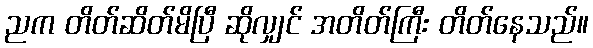
ညက တိတ်ဆိတ်မိပြီ ဆိုလျှင် အတိတ်ကြီး တိတ်နေသည်။